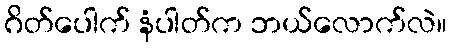
ဂိတ်ပေါက် နံပါတ်က ဘယ်လောက်လဲ။